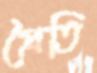
প্রৈতি